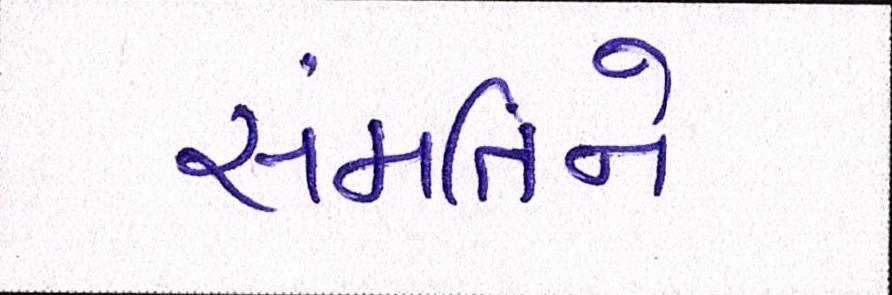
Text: સંમતિને